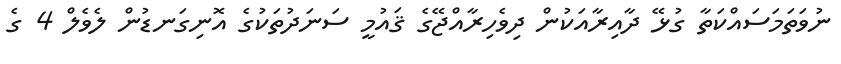
ނުވަތަމަސައްކަތާ ގުޅޭ ދާއިރާއަކުން ދިވެހިރާއްޖޭގެ ޤައުމީ ސަނަދުތަކުގެ އޮނިގަނޑުން ލެވެލް 4 ގެ